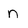
Character: n